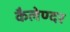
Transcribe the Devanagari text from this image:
कैलेण्दर